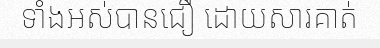
ទាំងអស់បានជឿ ដោយសារគាត់